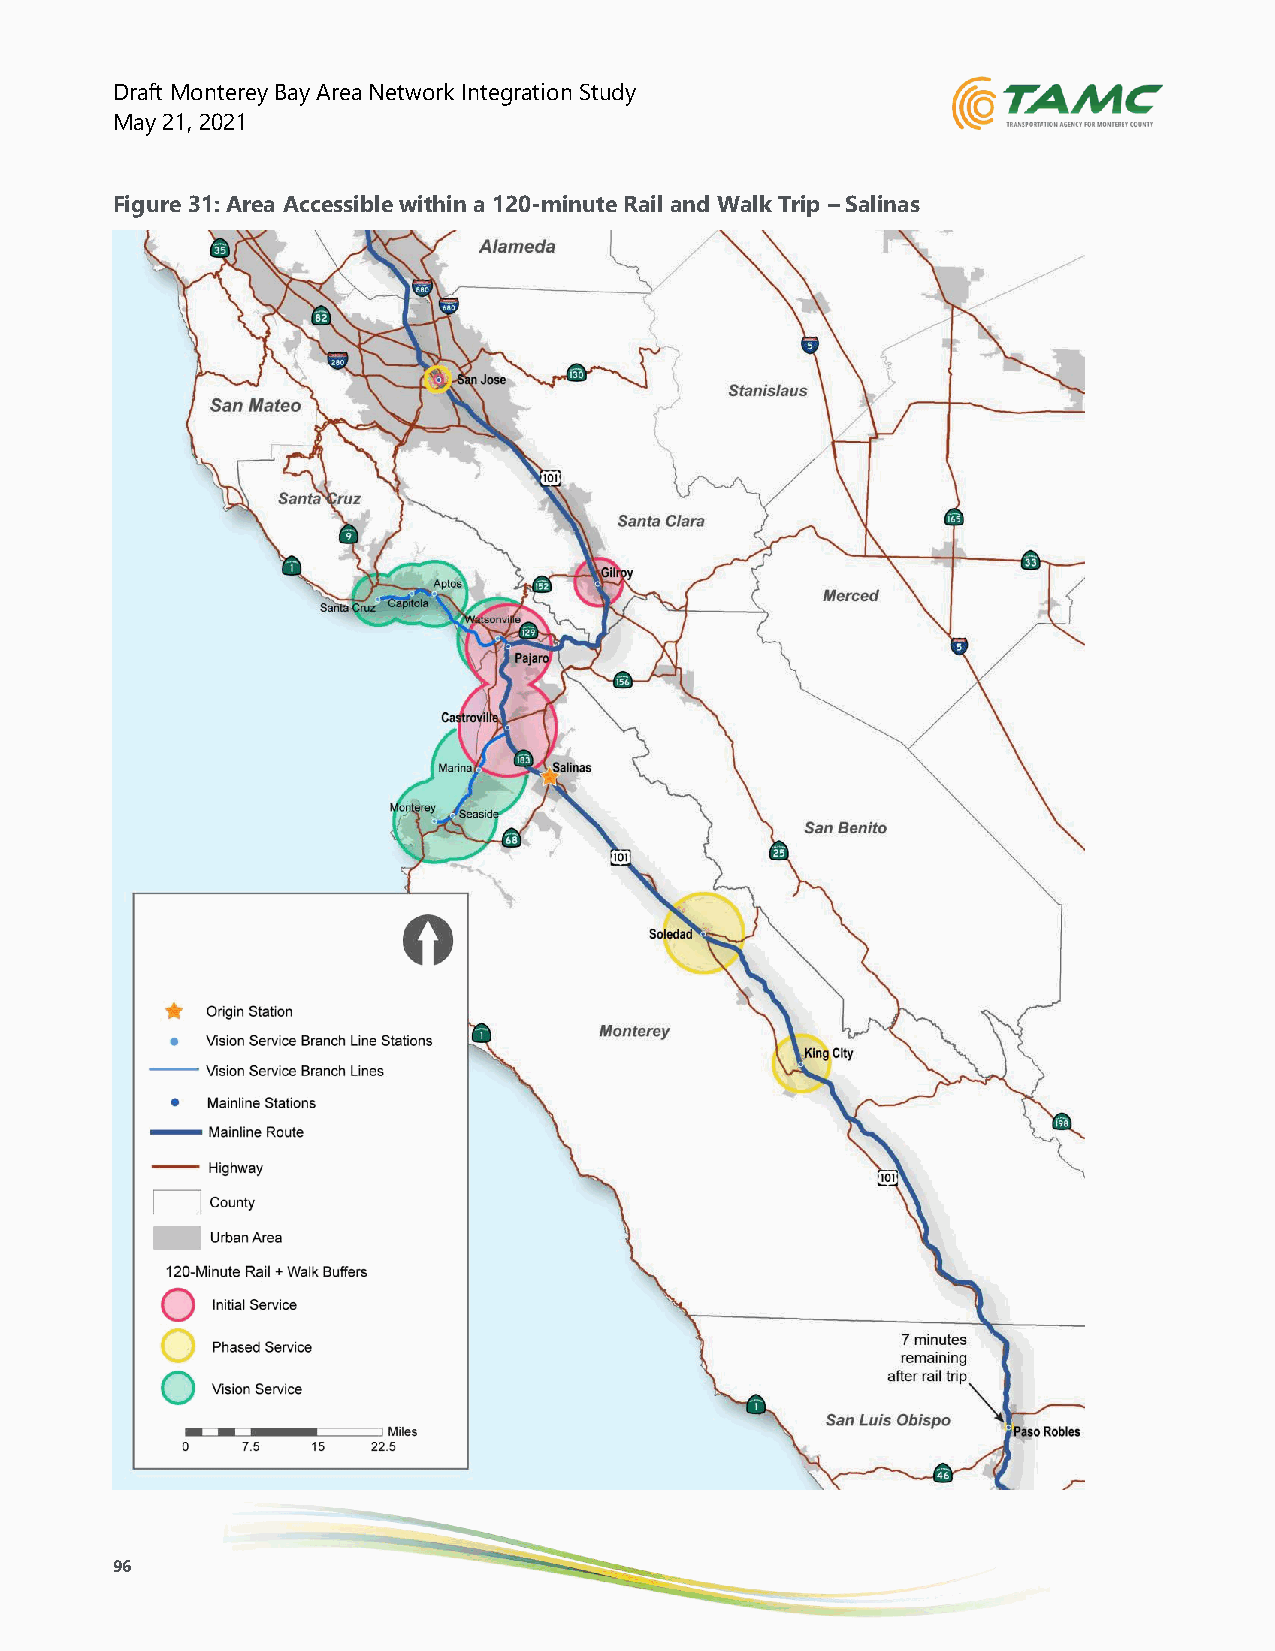
Draft Monterey Bay Area Network Integration Study
 May 21, 2021
 Figure 31: Area Accessible within a 120-minute Rail and Walk Trip – Salinas
 96